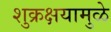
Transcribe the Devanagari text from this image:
शुक्रक्षयामुळे